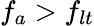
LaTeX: f_{a}>f_{lt}